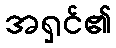
အရှင်၏